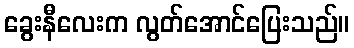
ခွေးနီလေးက လွတ်အောင်ပြေးသည်။